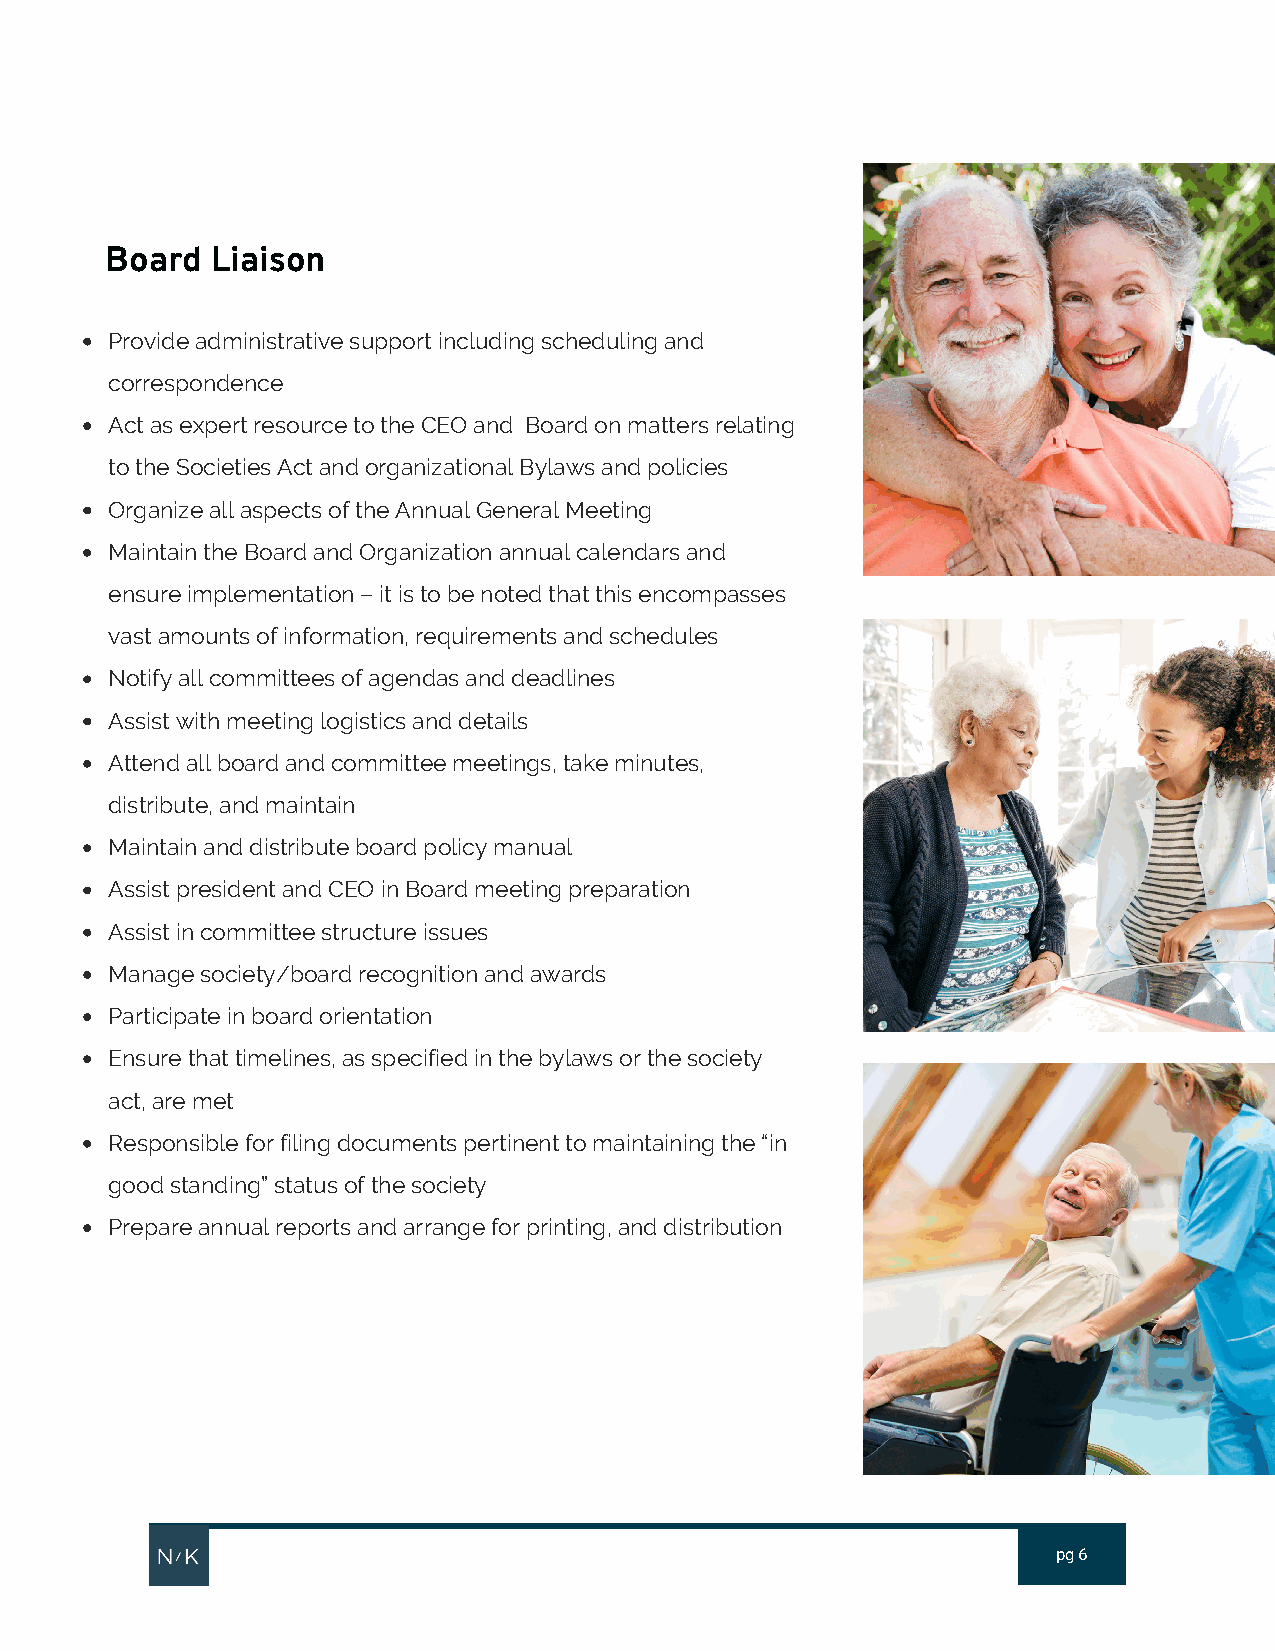
Board  Liaison
 Provide administrative support including scheduling and
 correspondence
 Act as expert resource to the CEO and Board on matters relating
 to the Societies Act and organizational Bylaws and policies
 Organize all aspects of the Annual General Meeting
 Maintain the Board and Organization annual calendars and
 ensure implementation – it is to be noted that this encompasses
 vast amounts of information, requirements and schedules
 Notify all committees of agendas and deadlines
 Assist with meeting logistics and details
 Attend all board and committee meetings, take minutes,
 distribute, and maintain
 Maintain and distribute board policy manual
 Assist president and CEO in Board meeting preparation
 Assist in committee structure issues
 Manage society/board recognition and awards
 Participate in board orientation
 Ensure that timelines, as specified in the bylaws or the society
 act, are met
 Responsible for filing documents pertinent to maintaining the “in
 good standing” status of the society
 Prepare annual reports and arrange for printing, and distribution
 pg 6